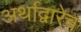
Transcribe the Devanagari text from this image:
अर्थाद्वारेच